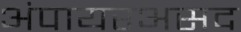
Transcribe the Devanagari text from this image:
अंपायरअसद